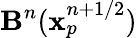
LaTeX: \mathbf{B}^{n}(\mathbf{x}_{p}^{n+1/2})